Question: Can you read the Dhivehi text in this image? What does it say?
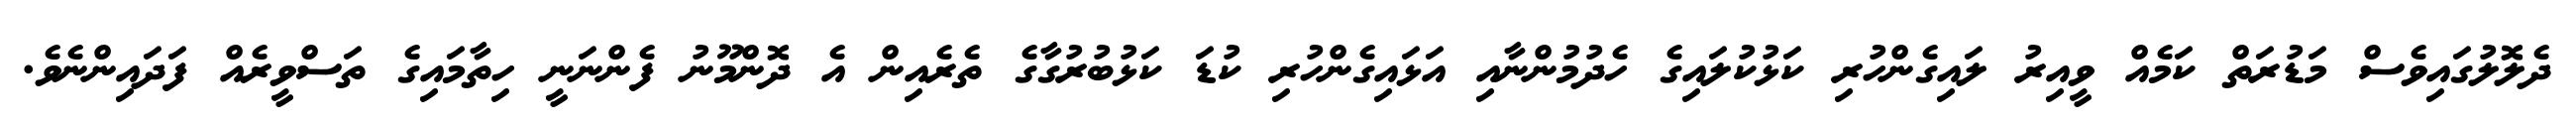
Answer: ދެލޮލުގައިވެސް މަޑުރަތް ކަމެއް ވީއިރު ލައިގެންހުރި ކަޅުކުލައިގެ ހެދުމުންނާއި އަޅައިގެންހުރި ކުޑަ ކަޅުބުރުގާގެ ތެރެއިން އެ ދޮންމޫނު ފެންނަނީ ހިތާމައިގެ ތަސްވީރެއް ފަދައިންނެވެ.